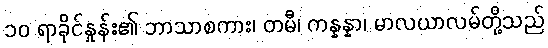
၁၀ ရာခိုင်နှုန်း၏ ဘာသာစကား၊ တမီ၊ ကန္နန္နာ၊ မာလယာလမ်တို့သည်